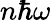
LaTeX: n\hbar\omega